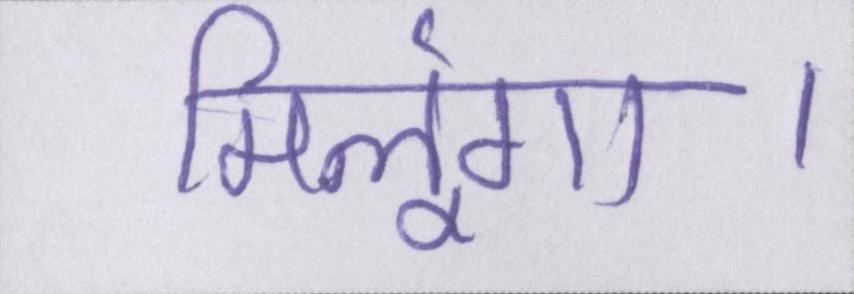
मिलूंगा।